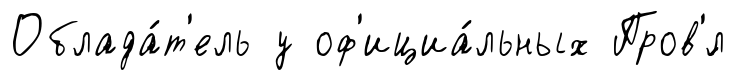
Облада́т'ель у оф'ициа́льных Пров'́л